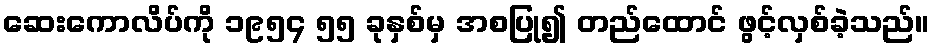
ဆေးကောလိပ်ကို ၁၉၅၄ ၅၅ ခုနှစ်မှ အစပြု၍ တည်ထောင် ဖွင့်လှစ်ခဲ့သည်။